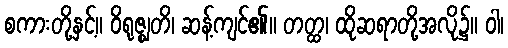
စကားတို့နှင့်။ ဝိရုဇ္ဈတိ၊ ဆန့်ကျင်၏။ တတ္ထ၊ ထိုဆရာတို့အလို၌။ ဝါ၊